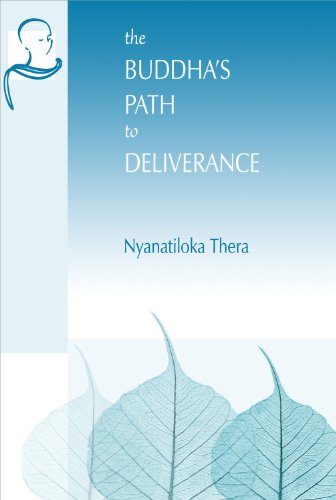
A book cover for The Buddha's Path to Deliverance: A Systematic Exposition in the Words of the Sutta Pitaka (Vipassana Meditation and the Buddha's Teachings); Nyanatiloka Thera; Religion & Spirituality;